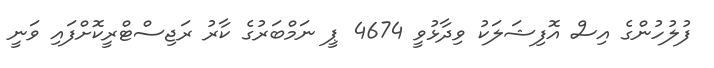
ފުލުހުންގެ އިސް އޮފިޝަލަކު ވިދާޅުވީ 4674 ޕީ ނަމްބަރުގެ ކާރު ރަޖިސްޓްރީކޮށްފައި ވަނީ